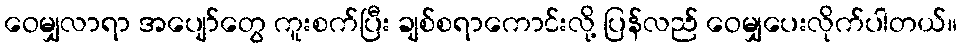
ဝေမျှလာရာ အပျော်တွေ ကူးစက်ပြီး ချစ်စရာကောင်းလို့ ပြန်လည် ဝေမျှပေးလိုက်ပါတယ်။